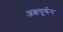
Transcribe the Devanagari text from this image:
अक्षघूर्णन